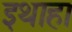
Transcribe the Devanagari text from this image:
इथाहा